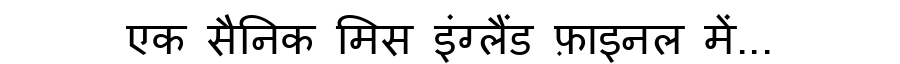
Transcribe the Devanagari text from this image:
एक सैनिक मिस इंग्लैंड फ़ाइनल में...